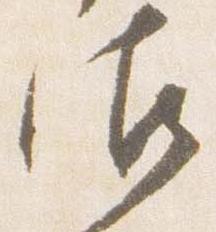
御